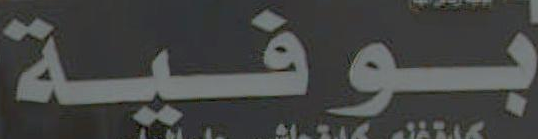
بوفية